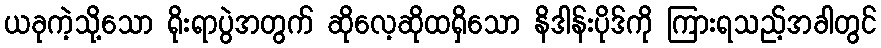
ယခုကဲ့သို့သော ရိုးရာပွဲအတွက် ဆိုလေ့ဆိုထရှိသော နိဒါန်းပိုဒ်ကို ကြားရသည့်အခါတွင်